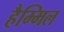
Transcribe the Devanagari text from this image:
हैम्मिल